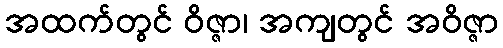
အထက်တွင် ဝိဇ္ဇာ၊ အကျတွင် အဝိဇ္ဇာ